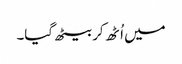
میں اُٹھ کر بیٹھ گیا۔